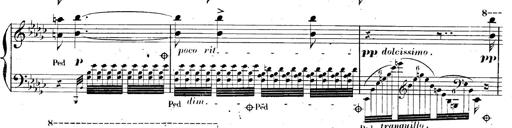
Title: AnnÃ©es de pÃ¨lerinage II, SupplÃ©ment
Composer: Franz Liszt